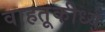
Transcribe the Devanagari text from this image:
वाहतूकीध्ये